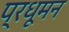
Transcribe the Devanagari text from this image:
प्रधूमन